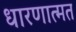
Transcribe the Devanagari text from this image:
धारणात्मत